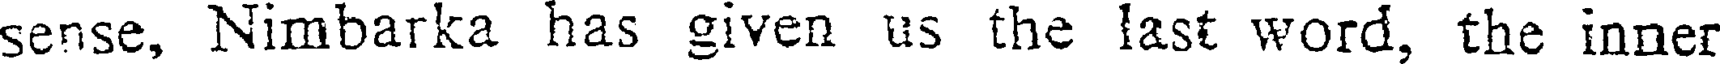
sense, Nimbarka has given us the last word, the inner